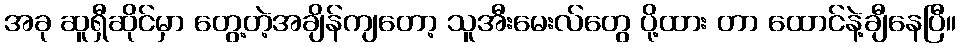
အခု ဆူရှီဆိုင်မှာ တွေ့တဲ့အချိန်ကျတော့ သူအီးမေးလ်တွေ ပို့ထား တာ ထောင်နဲ့ချီနေပြီ။